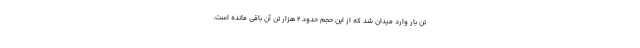
تن بار وارد میدان شد که از این حجم حدود 2 هزار تن آن باقی مانده است.